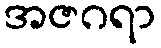
အဇဂရာ